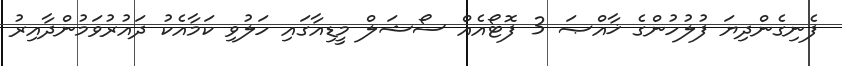
ފެނިގެންދިޔަ ފުލުހުންގެ ޚާއްޞަ 3 ފޮޓޯއެއް ސޯޝަލް މީޑިއާގައި ހަލުވި ކަމާއެކު ދައުރުވަމުންދާއިރު